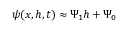
\psi ( x , h , t ) \approx \Psi _ { 1 } h + \Psi _ { 0 }